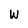
Character: W